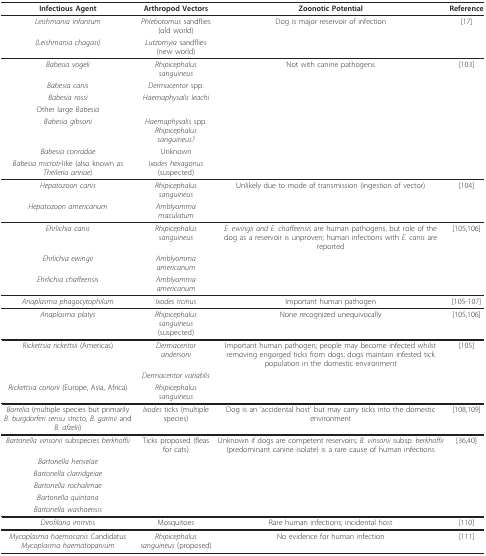
| Infectious Agent | Arthropod Vectors | Zoonotic Potential | Reference |
 | --- | --- | --- | --- |
 | Leishmania infantum | Phlebotomus sandflies (old world) | Dog is major reservoir of infection | [17] |
 | (Leishmania chagasi) | Lutzomyia sandflies (new world) |  |  |
 | Babesia vogeli | Rhipicephalus sanguineus | Not with canine pathogens | [103] |
 | Babesia canis | Dermacentor spp. |  |  |
 | Babesia rossi | Haemaphysalis leachi |  |  |
 | Other large Babesia |  |  |  |
 | Babesia gibsoni | Haemaphysalis spp.Rhipicephalus sanguineus? |  |  |
 | Babesia conradae | Unknown |  |  |
 | Babesia microti-like (also known as Theileria annae) | Ixodes hexagonus (suspected) |  |  |
 | Hepatozoon canis | Rhipicephalus sanguineus | Unlikely due to mode of transmission (ingestion of vector) | [104] |
 | Hepatozoon americanum | Amblyomma maculatum |  |  |
 | Ehrlichia canis | Rhipicephalus sanguineus | E. ewingii and E. chaffeensis are human pathogens, but role of the dog as a reservoir is unproven; human infections with E. canis are reported | [105,106] |
 | Ehrlichia ewingii | Amblyomma americanum |  |  |
 | Ehrlichia chaffeensis | Amblyomma americanum |  |  |
 | Anaplasma phagocytophilum | Ixodes ricinus | Important human pathogen | [105-107] |
 | Anaplasma platys | Rhipicephalus sanguineus (suspected) | None recognized unequivocally | [105,106] |
 | Rickettsia rickettsii (Americas) | Dermacentor andersoni | Important human pathogen; people may become infected whilst removing engorged ticks from dogs; dogs maintain infested tick population in the domestic environment | [105] |
 |  | Dermacentor variablis |  |  |
 | Rickettsia conorii (Europe, Asia, Africa) | Rhipicephalus sanguineus |  |  |
 | Borrelia (multiple species but primarily B. burgdorferi sensu stricto, B. garinii and B. afzelii) | Ixodes ticks (multiple species) | Dog is an 'accidental host' but may carry ticks into the domestic environment | [108,109] |
 | Bartonella vinsonii subspecies berkhoffii | Ticks proposed (fleas for cats) | Unknown if dogs are competent reservoirs; B. vinsonii subsp. berkhoffii (predominant canine isolate) is a rare cause of human infections | [36,40] |
 | Bartonella henselae |  |  |  |
 | Bartonella clarridgeiae |  |  |  |
 | Bartonella rochalimae |  |  |  |
 | Bartonella quintana |  |  |  |
 | Bartonella washoensis |  |  |  |
 | Dirofilaria immitis | Mosquitoes | Rare human infections; incidental host | [110] |
 | Mycoplasma haemocanis Candidatus Mycoplasma haematoparvum | Rhipicephalus sanguineus (proposed) | No evidence for human infection | [111] |